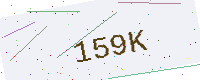
Text: 159K